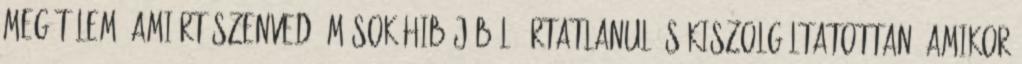
megítélem, amiért szenved, mások hibájából, ártatlanul és kiszolgáltatottan, amikor